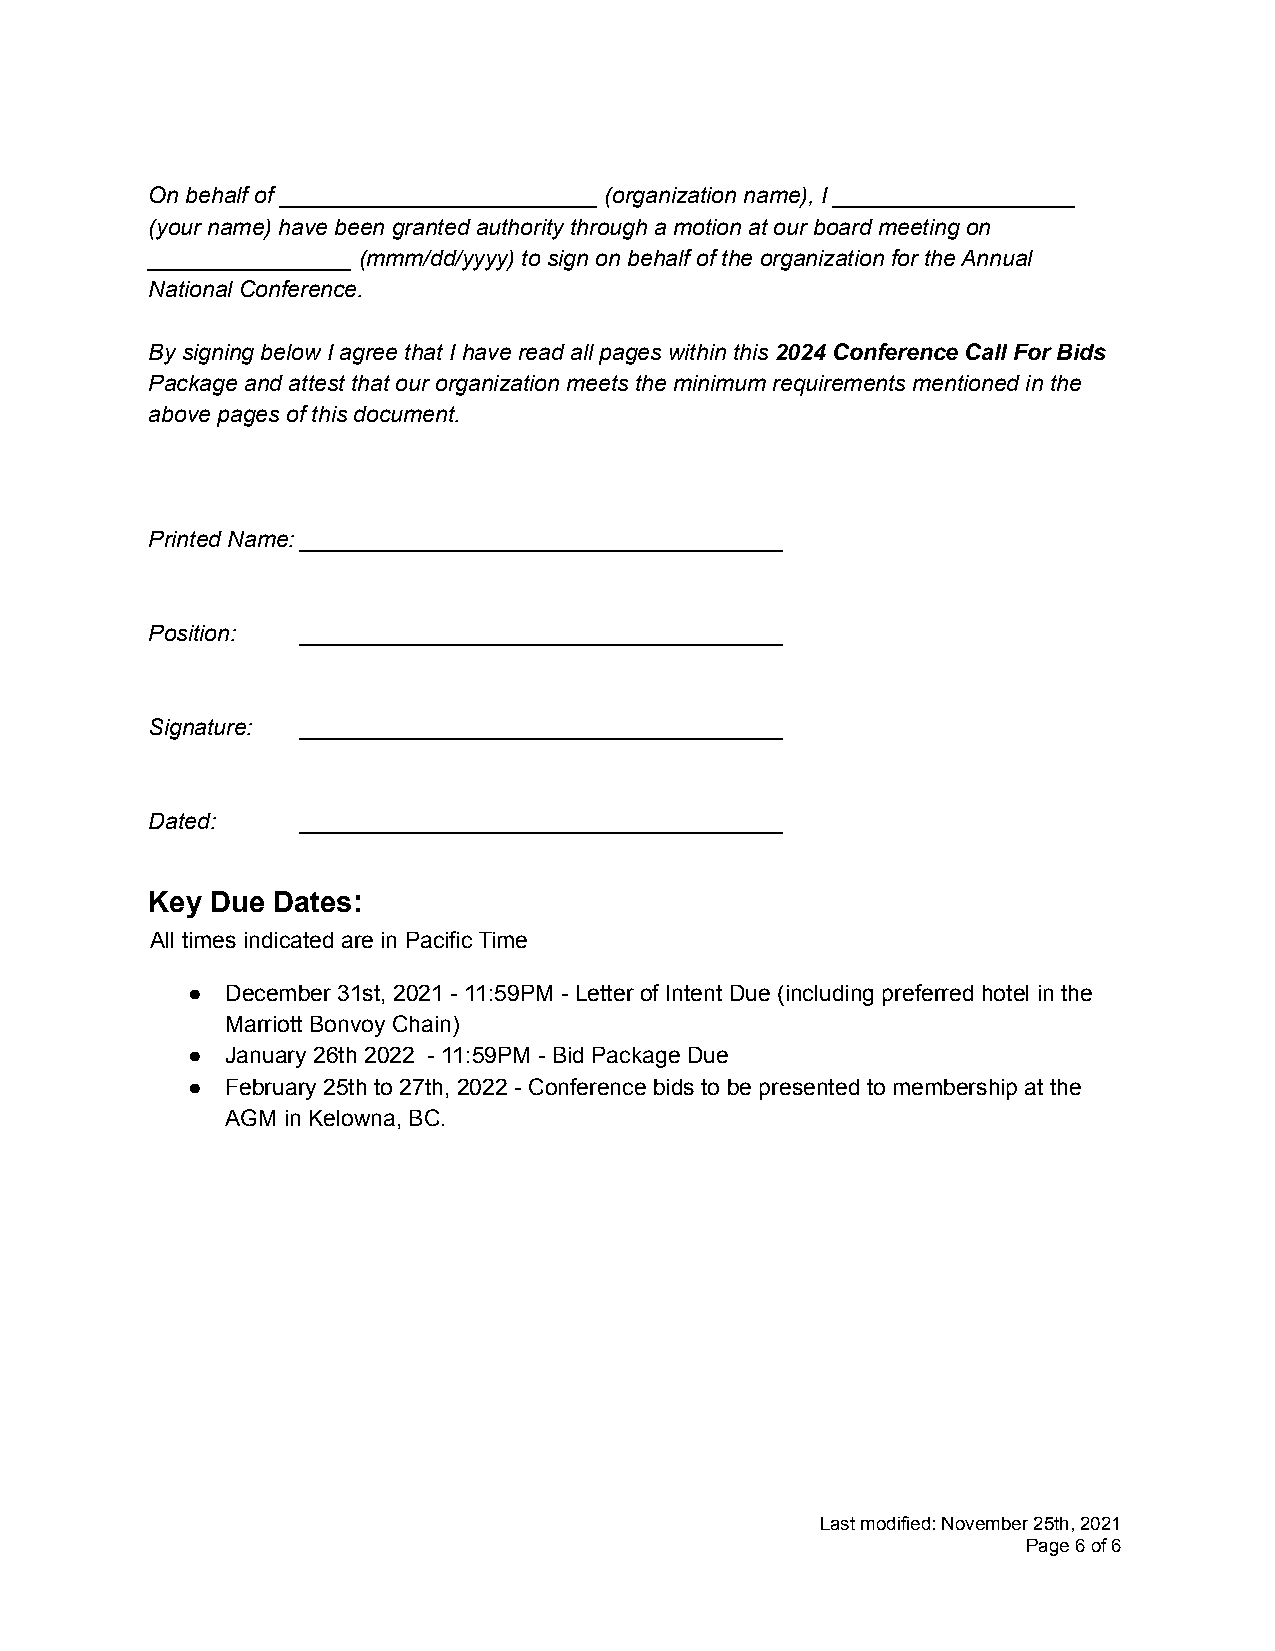
On behalf of _________________________ (organization name), I ___________________
 (your name) have been granted authority through a motion at our board meeting on
 ________________ (mmm/dd/yyyy) to sign on behalf of the organization for the Annual
 National Conference.
 By signing below I agree that I have read all pages within this 2024 Conference Call For Bids
 Package and attest that our organization meets the minimum requirements mentioned in the
 above pages of this document.
 Printed Name:______________________________________
 Position: ______________________________________
 Signature: ______________________________________
 Dated:    ______________________________________
 Key Due Dates:
 All times indicated are in Pacific Time
 ●  December 31st, 2021 - 11:59PM - Letter of Intent Due (including preferred hotel in the
 Marriott Bonvoy Chain)
 ●  January 26th 2022 - 11:59PM - Bid Package Due
 ●  February 25th to 27th, 2022 - Conference bids to be presented to membership at the
 AGM in Kelowna, BC.
 Last modified: November 25th, 2021
 Page6of6